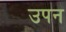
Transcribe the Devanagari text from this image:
उपन